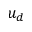
u _ { d }